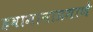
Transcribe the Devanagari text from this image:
हवामानाप्रमाणे